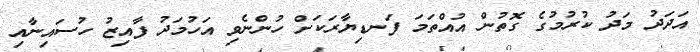
އަދަދު މަދު ކުރުމުގެ ގޮތުން އުއްތަމަ ފަނޑިޔާރަކަށް ހުންނެވި އަހުމަދު ފާއިޒު ހުސައިނާއި